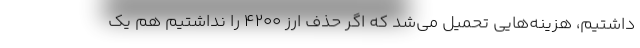
داشتیم، هزینه‌هایی تحمیل می‌شد که اگر حذف ارز ۴۲۰۰ را نداشتیم هم یک